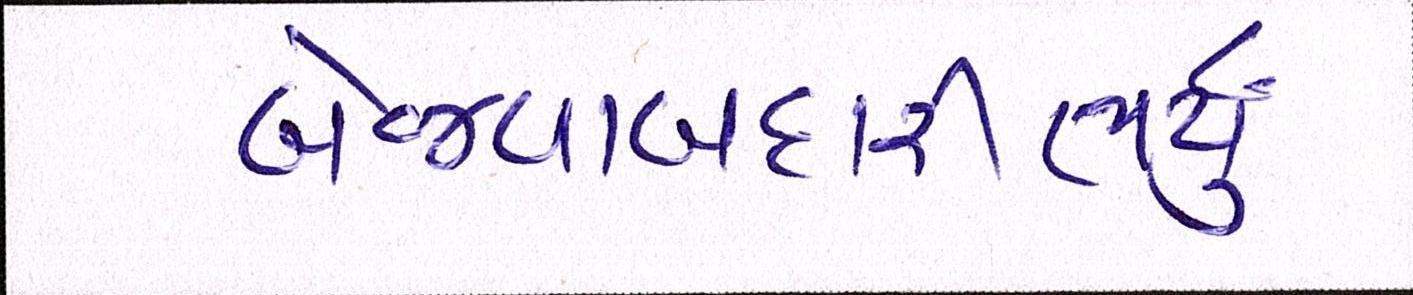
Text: બેજવાબદારીભર્યું